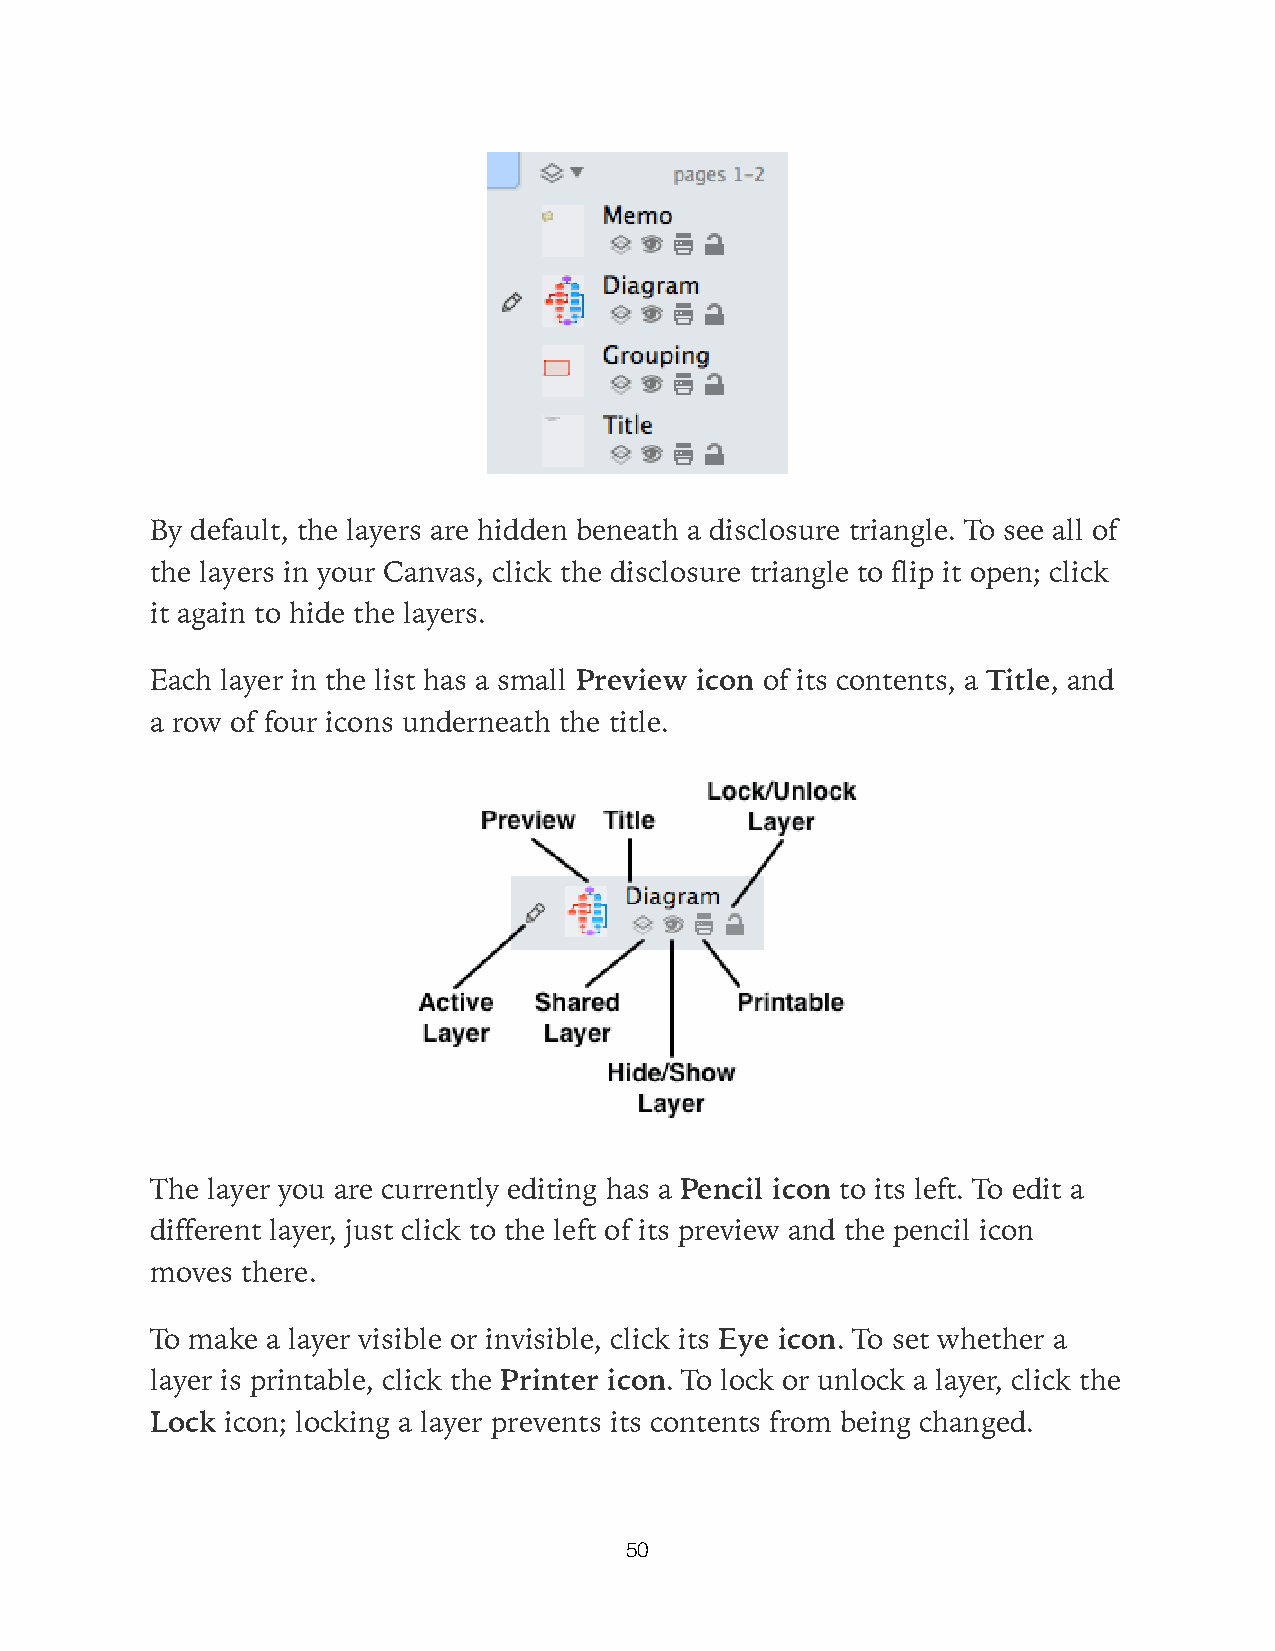
By default, the layers are hidden beneath a disclosure triangle. To see all of
 the layers in your Canvas, click the disclosure triangle to flip it open; click
 it again to hide the layers.
 Each layer in the list has a small Preview icon of its contents, a Title, and
 a row of four icons underneath the title.
 The layer you are currently editing has a Pencil icon to its left. To edit a
 different layer, just click to the left of its preview and the pencil icon
 moves there.
 To make a layer visible or invisible, click its Eye icon. To set whether a
 layer is printable, click the Printer icon. To lock or unlock a layer, click the
 Lock icon; locking a layer prevents its contents from being changed.
 50